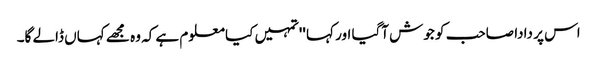
اس پر دادا صاحب کو جوش آگیا اور کہا ''تمہیں کیا معلوم ہے کہ وہ مجھے کہاں ڈالے گا۔